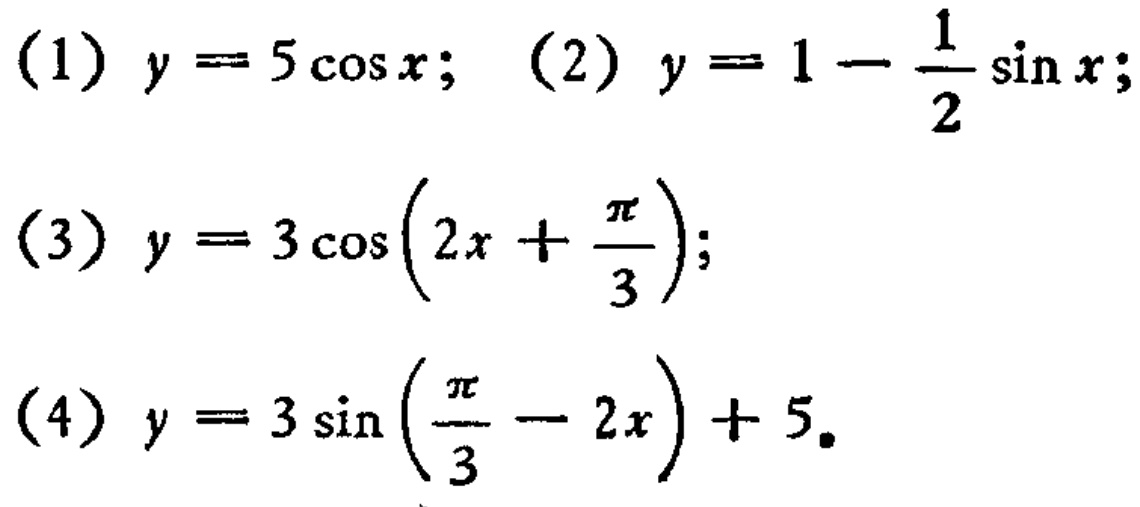
(1) \(y = 5\cos x\); (2) \(y = 1-\frac{1}{2}\sin x\);
(3) \(y = 3\cos(2x+\frac{\pi}{3})\);
(4) \(y = 3\sin(\frac{\pi}{3}-2x)+5\)